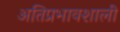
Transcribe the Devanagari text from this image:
अतिप्रभावशाली